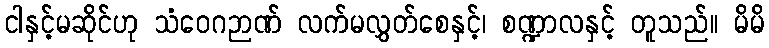
ငါနှင့်မဆိုင်ဟု သံဝေဂဉာဏ် လက်မလွှတ်စေနှင့်၊ စဏ္ဍာလနှင့် တူသည်။ မိမိ